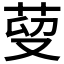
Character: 𦰑